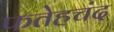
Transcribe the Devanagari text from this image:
फतेहचंद